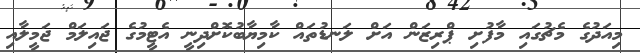
މިއަދުގެ މެޗުގައި މާފުށި ޕްރިޒަން އަށް ލަނޑުތައް ކާމިޔާބުކޮށްދިނީ އެޓީމުގެ ޖައިލަމް ޖަމީލާއި